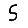
Digit: 5